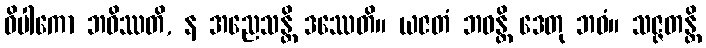
ဝိပါကော ဘဝိဿတိ, န အညေသန္တိ ဒဿေတိ။ ယဇတံ ဘဝန္တိ ဒေတု ဘဝံ။ သဇ္ဇတန္တိ